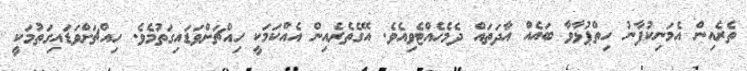
ތެރެއިން އެމަނިކުފާނު ހިތްޕުޅާވާ ބައެއް އާދަތައް ދެމެހެއްޓެވިއެވެ. އޭގެތެރެއިން އެއްކަމަކީ ހިއްޗަށްވަޑައިގަތުމެވެ. ހިއްޗަށްވަޑައިގަތުމަކީ